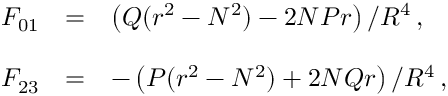
\begin{array} { r c l } { { F _ { 0 1 } } } & { { = } } & { { \left( Q ( r ^ { 2 } - N ^ { 2 } ) - 2 N P r \right) / R ^ { 4 } \, , } } \\ { { } } & { { } } & { { } } \\ { { F _ { 2 3 } } } & { { = } } & { { - \left( P ( r ^ { 2 } - N ^ { 2 } ) + 2 N Q r \right) / R ^ { 4 } \, , } } \end{array}